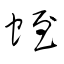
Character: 蛭